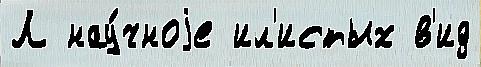
Л нау́чноjе ил'истых в'ид